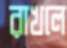
রাখলে